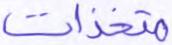
متخذات